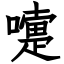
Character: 嚏